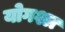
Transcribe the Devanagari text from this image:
योगश्ल